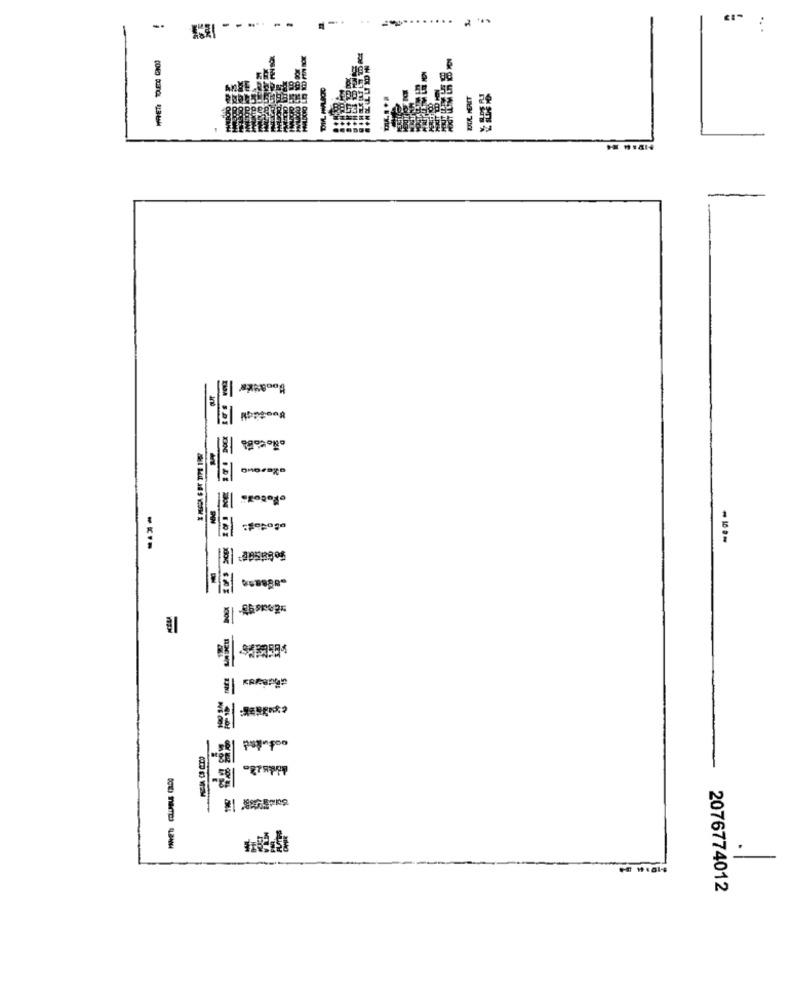
...
BB
TALL HERET
·Pocoa: !
-Sepaga
puy-por
2076774012